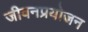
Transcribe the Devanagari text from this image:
जीवनप्रयोजन